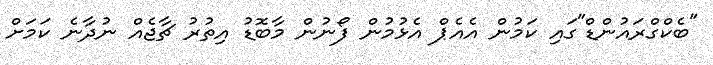
"ބެކްގްރައުންޑް"ގައި ކަމުން އެއެޕް އެޅުމުން ފޯނުން މާބޮޑު އިތުރު ޗާޖެއް ނުދާނެ ކަމަށް